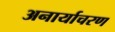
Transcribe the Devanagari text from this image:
अनार्याचरण